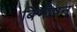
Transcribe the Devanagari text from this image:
बिभीषन